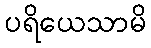
ပရိယေသာမိ